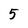
Character: 5